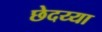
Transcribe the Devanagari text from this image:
छेदय्या